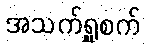
အသက်ရှူစက်